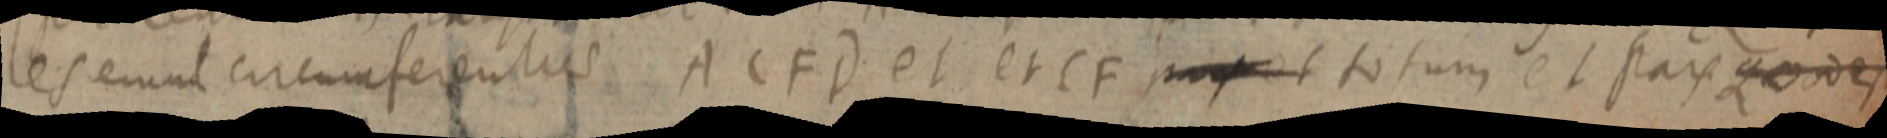
les erunt circumferenties ACFD et et CF _ et totum et pars quod est